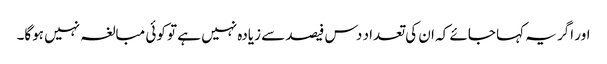
اور اگر یہ کہا جائے کہ ان کی تعداد دس فیصد سے زیادہ نہیں ہے تو کوئی مبالغہ نہیں ہوگا۔